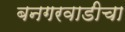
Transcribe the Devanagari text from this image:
बनगरवाडीचा